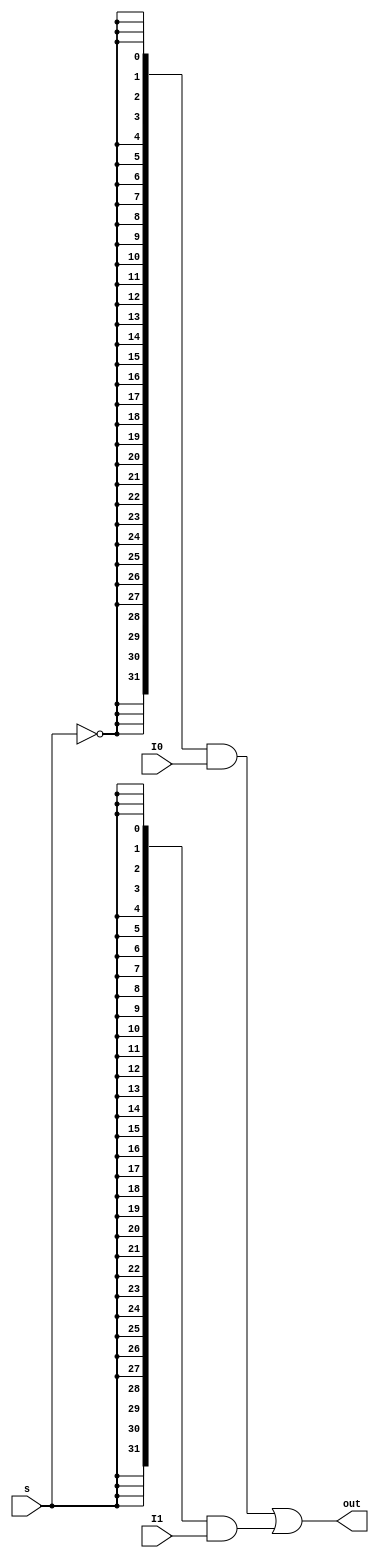
`timescale 1ns / 1ps
//////////////////////////////////////////////////////////////////////////////////
// Company: 
// Engineer: 
// 
// Design Name: 
// Module Name:    MUX2T1_32 
// Project Name: 
// Target Devices: 
// Tool versions: 
// Description: 
//
// Dependencies: 
//
// Revision: 
// Revision 0.01 - File Created
// Additional Comments: 
//
//////////////////////////////////////////////////////////////////////////////////
module MUX2T1_32(
    input s,
    input [31:0] I0,
    input [31:0] I1,
    output [31:0] out
    );

    wire EN0 = ~s;
    wire EN1 =  s;
    
    
    assign out = ({32{EN0}} & I0) | ({32{EN1}} & I1);


endmodule